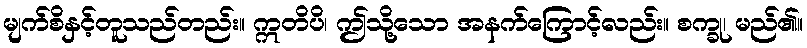
မျက်စိနှင့်တူသည်တည်း။ ဣတိပိ၊ ဤသို့သော အနက်ကြောင့်လည်း။ စက္ခု၊ မည်၏။